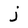
Character: j